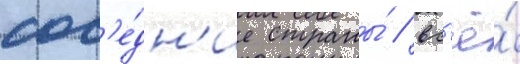
сос'е́дн'ие страны́ / вс'ё́